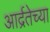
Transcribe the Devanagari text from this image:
आर्द्रतेच्या